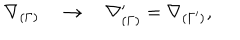
\nabla _ { ( \Gamma ) } \quad \rightarrow \quad \nabla _ { ( \Gamma ) } ^ { \prime } = \nabla _ { ( \Gamma ^ { \prime } ) } ,